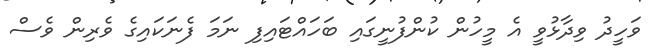
ވަހީދު ވިދާޅުވީ އެ މީހުން ކުންފުނީގައި ބަހައްޓައިފި ނަމަަ ފެނަކައިގެ ވެރިން ވެސް